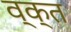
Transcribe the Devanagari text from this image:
व्क्त